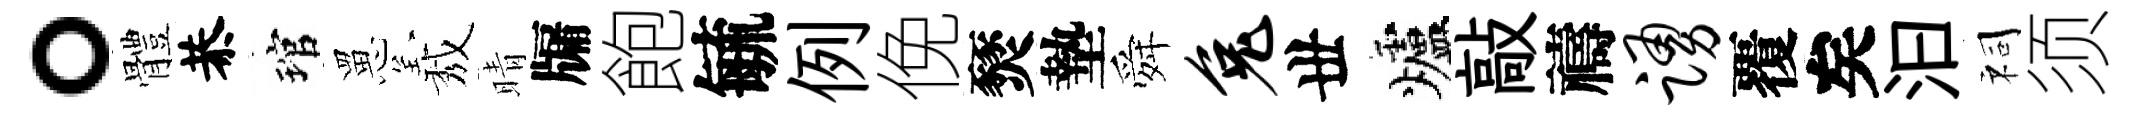
。體恭琯罳𦏁晴牖飽毓例俛燹墊舜兔丗爐敲禱踊覆矣汩祠须